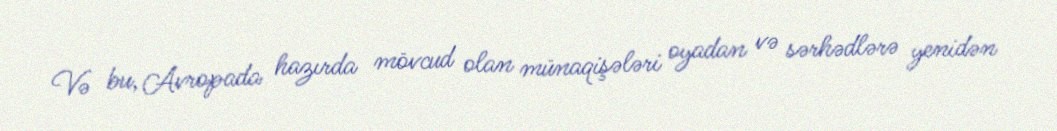
Və bu, Avropada hazırda mövcud olan münaqişələri oyadan və sərhədlərə yenidən